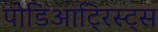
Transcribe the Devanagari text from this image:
पोडिआट्रिस्ट्स